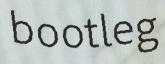
bootleg